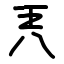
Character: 兲